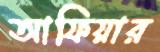
আফিয়ার